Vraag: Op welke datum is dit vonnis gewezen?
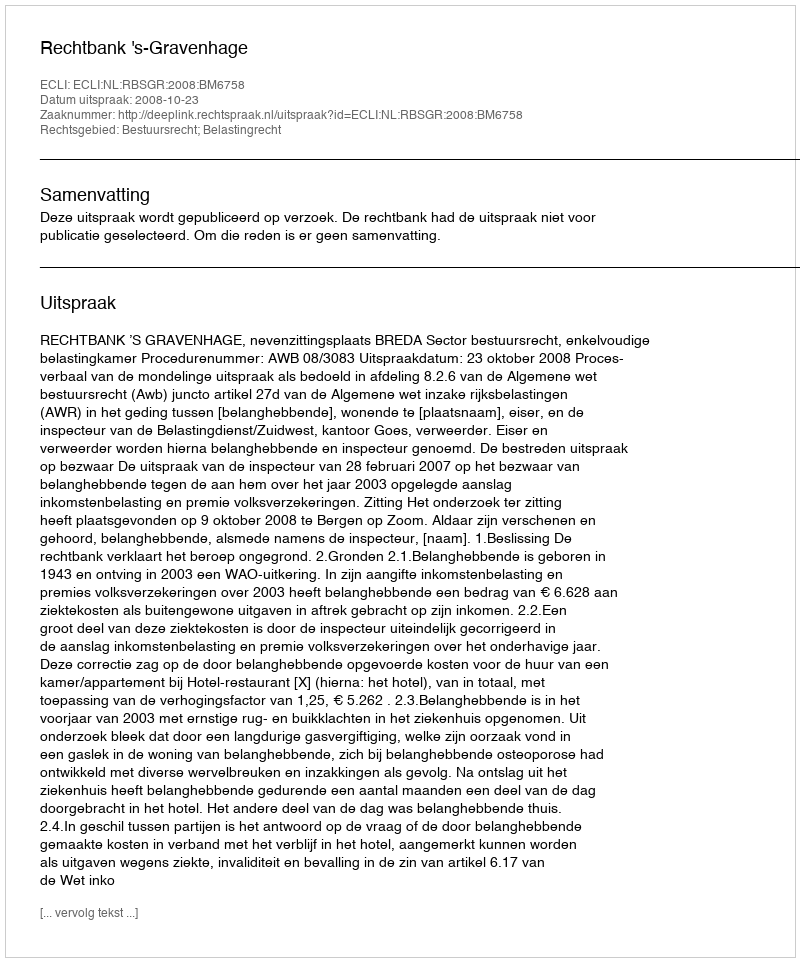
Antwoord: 2008-10-23